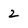
Character: 2